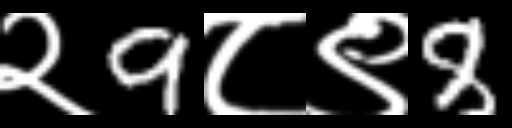
Text: २9८९8